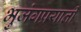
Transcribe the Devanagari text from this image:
भुजंगप्रयाती